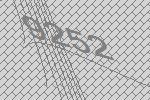
9252